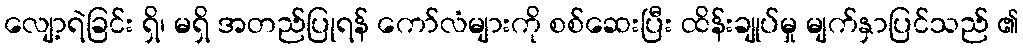
လျော့ရဲခြင်း ရှိ၊ မရှိ အတည်ပြုရန် ကော်လံများကို စစ်ဆေးပြီး ထိန်းချုပ်မှု မျက်နှာပြင်သည် ၏